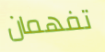
تفهمان